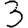
Digit: 3